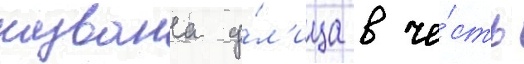
названа у́л'ица в че́сть